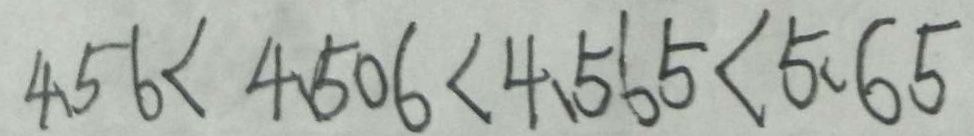
4 . 5 6 < 4 . 5 0 6 < 4 . 5 6 5 < 5 . 6 5